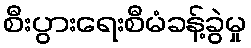
စီးပွားရေးစီမံခန့်ခွဲမှု